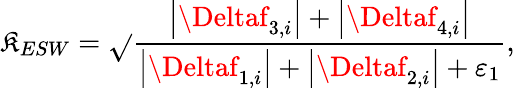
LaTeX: \mathfrak{K}_{ESW}=\sqrt{}{{\frac{{\left|\Deltaf_{3,i}\right|+\left|\Deltaf_{4,i}\right|}}{{\left|\Deltaf_{1,i}\right|+\left|\Deltaf_{2,i}\right|+\varepsilon_{1}}}}},